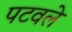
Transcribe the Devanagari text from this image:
पटवले